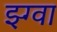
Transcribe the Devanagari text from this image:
झ्ग्वा